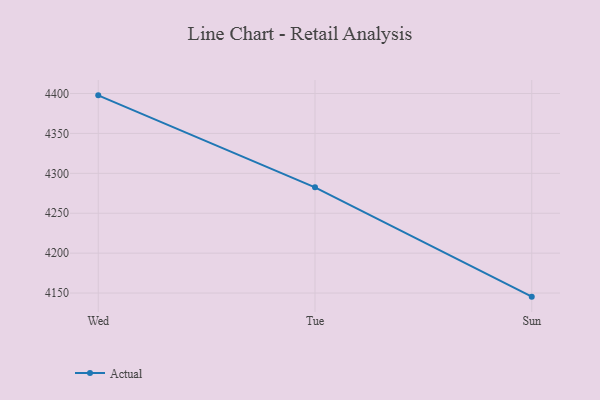
{"axis": {"x": "Day", "y": "Temperature (°C)"}, "legend": ["Actual"], "data": [{"x": "Wed", "y": 4397.7, "type": "Actual"}, {"x": "Tue", "y": 4282.5, "type": "Actual"}, {"x": "Sun", "y": 4145.5, "type": "Actual"}]}